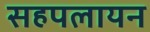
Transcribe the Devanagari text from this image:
सहपलायन